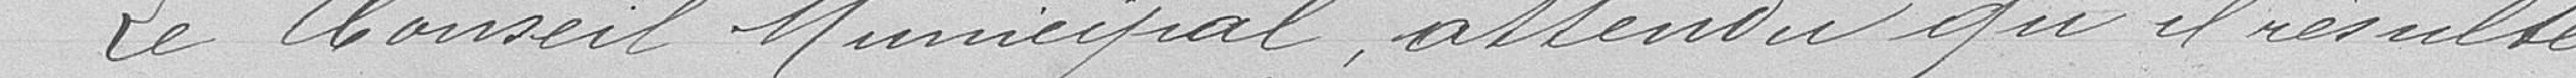
Le Conseil Municipal, attendu qu'il résulte